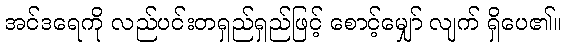
အင်ဒရေကို လည်ပင်းတရှည်ရှည်ဖြင့် စောင့်မျှော် လျက် ရှိပေ၏။